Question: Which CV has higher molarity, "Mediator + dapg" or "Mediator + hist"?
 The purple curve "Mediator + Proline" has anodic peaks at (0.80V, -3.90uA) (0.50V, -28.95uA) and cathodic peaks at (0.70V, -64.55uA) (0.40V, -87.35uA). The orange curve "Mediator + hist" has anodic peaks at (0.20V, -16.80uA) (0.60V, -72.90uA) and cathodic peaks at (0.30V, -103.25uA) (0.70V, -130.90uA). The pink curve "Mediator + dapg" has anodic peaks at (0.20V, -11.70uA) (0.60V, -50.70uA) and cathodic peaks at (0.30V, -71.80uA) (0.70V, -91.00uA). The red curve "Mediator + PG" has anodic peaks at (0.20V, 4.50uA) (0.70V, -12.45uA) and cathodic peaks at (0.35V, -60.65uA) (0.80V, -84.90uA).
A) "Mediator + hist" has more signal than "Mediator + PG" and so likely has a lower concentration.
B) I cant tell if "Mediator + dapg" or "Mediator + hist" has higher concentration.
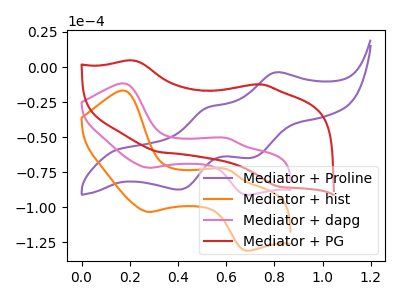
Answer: <think>All the peaks in "Mediator + dapg" have a peak in "Mediator + hist" at the same potential.
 </think>
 <answer>B) I cant tell if "Mediator + dapg" or "Mediator + hist" has higher concentration.</answer>
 <eval>B</eval>